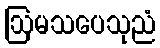
ဩမသပေသုညံ